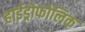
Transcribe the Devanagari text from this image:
हाईड्रोफोलिक